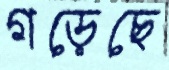
গড়েছে